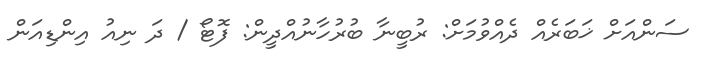
ސަންއަށް ޚަބަރެއް ދެއްވުމަށް: ރުބީނާ ބުރުހާނުއްދީން: ފޮޓޯ / ދަ ނިއު އިންޑިއަން